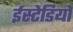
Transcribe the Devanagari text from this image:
ईस्टेडियो